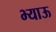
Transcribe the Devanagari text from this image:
भ्याऊ